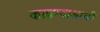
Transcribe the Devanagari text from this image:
काढण्याआधी